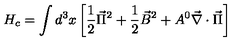
H _ { c } = \int d ^ { 3 } x \left[ \frac { 1 } { 2 } \vec { \Pi } ^ { 2 } + \frac { 1 } { 2 } \vec { B } ^ { 2 } + A ^ { 0 } \vec { \nabla } \cdot \vec { \Pi } \right]